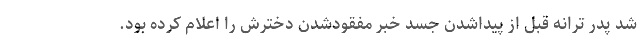
شد پدر ترانه قبل از پیداشدن جسد خبر مفقودشدن دخترش را اعلام کرده بود.